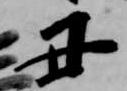
丑